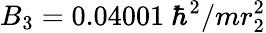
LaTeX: B_{3}=0.04001~\hbar^{2}/mr_{2}^{2}